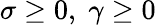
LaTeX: \sigma\geq 0,\; \gamma\geq 0